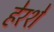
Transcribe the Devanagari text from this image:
हेरशे